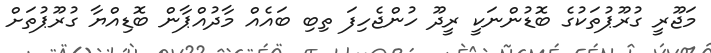
މަޖޫރީ ގުރޫޕުތަކުގެ ބޮޑުންނަކީ ރީދޫ ހުންޖެހިފަ ތިބި ބައެއް މާދުއްޕާން ބޮޑިއްޔާ ގުރޫޕުތަށް